Vaccination in Burma 1920-1933 - 1920-1933
Year: 1920
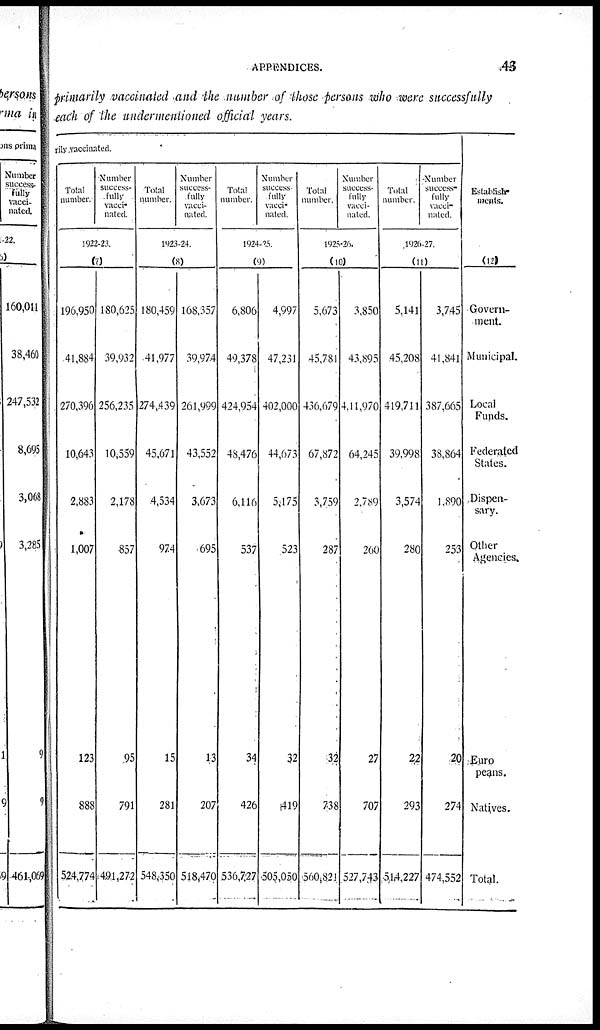
APPENDICES.
43
primarily vaccinated and the number of those persons who were successfully
each of the undermentioned official years.
rily vaccinated.
Total
number.
Number
success-
fully
vacci-
nated.
1922-23.
(7)
196,950
41,884
270,396
10,643
2,883
1,007
123
888
524,774
180,625
39,932
256,235
10,559
2,178
857
95
791
491,272
Total
number.
Number
success-
fully
vacci-
nated.
1923-24.
(8)
180,459
41,977
274,439
45,671
4,534
974
15
281
548,350
168,357
39,974
261,999
43,552
3,673
695
13
207
518,470
Total
number.
Number
success
fully
vacci-
nated.
1924-25.
(9)
6,806
49,378
424,954
48,476
6,116
537
34
426
536,727
4,997
47,231
402,000
44,673
5,475
523
32
419
505,050
Total
number.
Number
success-
fully
vacci-
nated.
1925-26.
(10)
5,673
45,781
436,679
67,872
3,759
287
32
738
560,821
3,850
43,895
4,11,970
64,245
2,789
260
27
707
527,743
Total
number.
Number
success-
fully
vacci-
nated.
1926-27.
(11)
5,141
45,208
419,711
39,998
3,574
280
22
293
5,14,227
3,745
41,841
387,665
38,864
1,890
253
20
274
474,552
Establish-
ments.
(12)
Govern-
ment.
Municipal.
Local
Funds.
Federated
States.
Dispen-
sary.
Other
Agencies.
Euro
peans.
Natives.
Total.